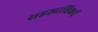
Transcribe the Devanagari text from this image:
सहस्राधिकरों